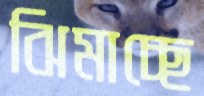
ঝিমাচ্ছে